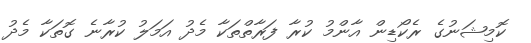
ކޮމިޝަނުގެ ރެކޯޑިން އާންމު ކުރާ ފަރާތްތަކާ މެދު އަމަލު ކުރާނެ ގޮތަކާ މެދު